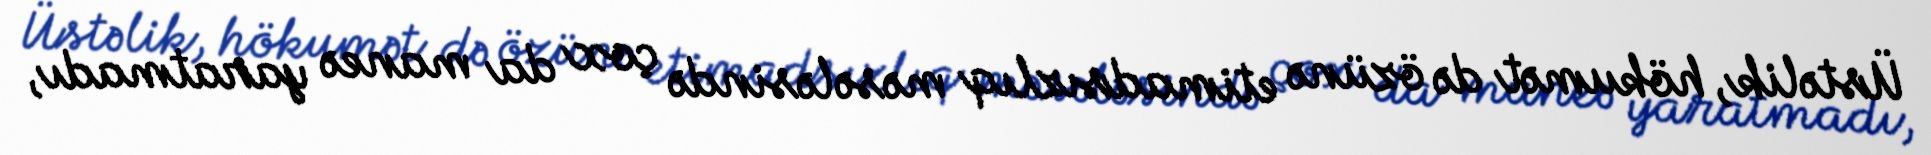
Üstəlik, hökumət də özünə etimadsızlıq məsələsində çox da maneə yaratmadı,